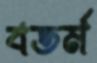
বতর্ম